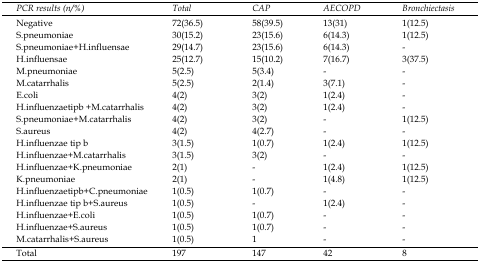
| PCR results (n/%) | Total | CAP | AECOPD | Bronchiectasis |
 | --- | --- | --- | --- | --- |
 | Negative | 72(36.5) | 58(39.5) | 13(31) | 1(12.5) |
 | S.pneumoniae | 30(15.2) | 23(15.6) | 6(14.3) | 1(12.5) |
 | S.pneumoniae+H.influensae | 29(14.7) | 23(15.6) | 6(14.3) | - |
 | H.influensae | 25(12.7) | 15(10.2) | 7(16.7) | 3(37.5) |
 | M.pneumoniae | 5(2.5) | 5(3.4) | - | - |
 | M.catarrhalis | 5(2.5) | 2(1.4) | 3(7.1) | - |
 | E.coli | 4(2) | 3(2) | 1(2.4) | - |
 | H.influenzaetipb +M.catarrhalis | 4(2) | 3(2) | 1(2.4) | - |
 | S.pneumoniae+M.catarrhalis | 4(2) | 3(2) | - | 1(12.5) |
 | S.aureus | 4(2) | 4(2.7) | - | - |
 | H.influenzae tip b | 3(1.5) | 1(0.7) | 1(2.4) | 1(12.5) |
 | H.influenzae+M.catarrhalis | 3(1.5) | 3(2) | - | - |
 | H.influenzae+K.pneumoniae | 2(1) | - | 1(2.4) | 1(12.5) |
 | K.pneumoniae | 2(1) | - | 1(4.8) | 1(12.5) |
 | H.influenzaetipb+C.pneumoniae | 1(0.5) | 1(0.7) | - | - |
 | H.influenzae tip b+S.aureus | 1(0.5) | - | 1(2.4) | - |
 | H.influenzae+E.coli | 1(0.5) | 1(0.7) | - | - |
 | H.influenzae+S.aureus | 1(0.5) | 1(0.7) | - | - |
 | M.catarrhalis+S.aureus | 1(0.5) | 1 | - | - |